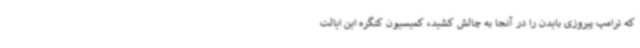
که ترامپ پیروزی بایدن را در آنجا به چالش کشید، کمیسیون کنگره این ایالت